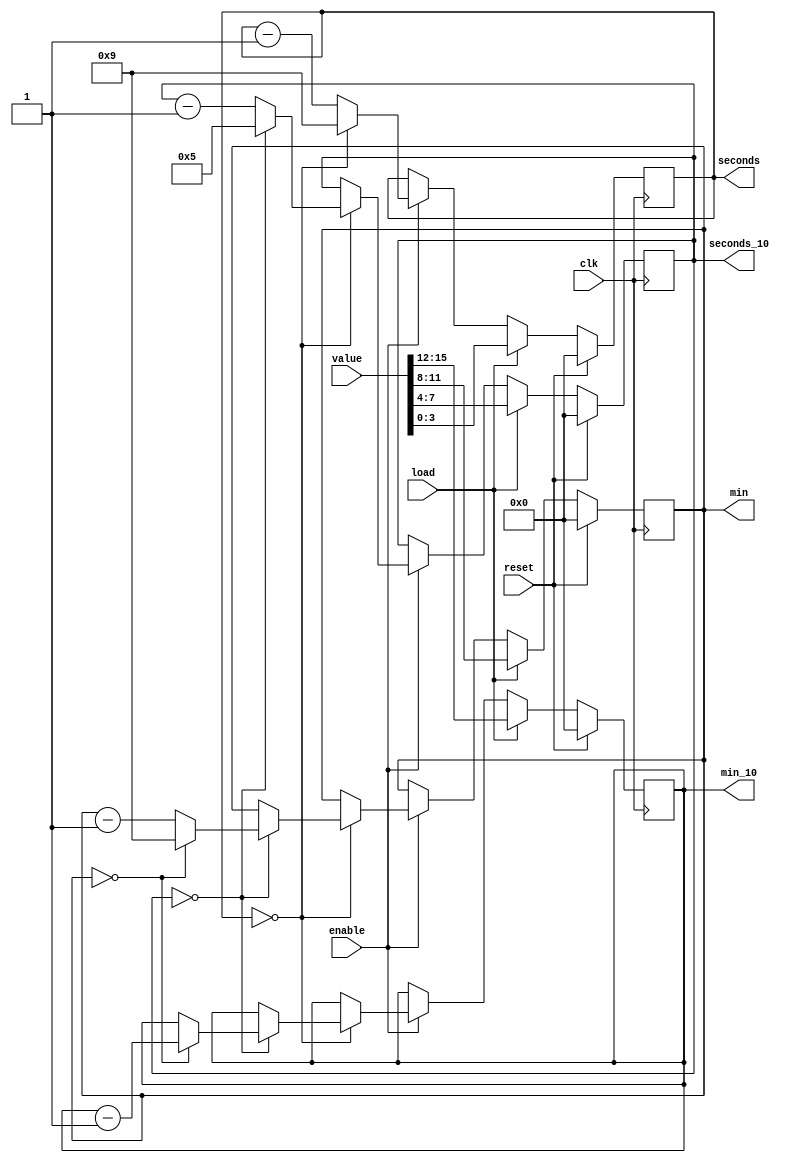
module Counter_MMSS
  (clk,
	load,
   enable,
	reset,
	value,
   seconds,
	seconds_10,
	min,
	min_10
	);
	
	input clk, load, enable, reset;
	input [15:0] value;
	
	output [3:0] seconds;
	output [3:0] seconds_10;
	output [3:0] min;
	output [3:0] min_10;
	
	reg [3:0] seconds;
	reg [3:0] seconds_10;
	reg [3:0] min;
	reg [3:0] min_10;
	
	always @(posedge clk) begin
		if (reset) begin
			seconds <= 0;
			seconds_10 <= 0;	
			min <= 0;
			min_10 <= 0;
		end else if (load) begin
			seconds <= value [3:0];
			seconds_10 <= value [7:4];	
			min <= value [11:8];
			min_10 <= value [15:12];		
		end else if (enable) begin
			seconds <= seconds - 1;
			if (seconds == 0) begin
				seconds <= 9;
				seconds_10 <= seconds_10 - 1;
				if (seconds_10 == 0) begin
					seconds_10 <= 5;
					min <= min - 1;
					if (min == 0) begin
						min <= 9;
						min_10 <= min_10 - 1;
					end
				end
			end
		end
	end
endmodule